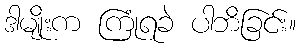
ဒါမျိုးက ကြုံရခဲ ပါဘိခြင်း။